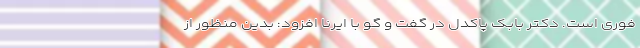
فوری است. دکتر بابک پاکدل در گفت و گو با ایرنا افزود: بدین منظور از